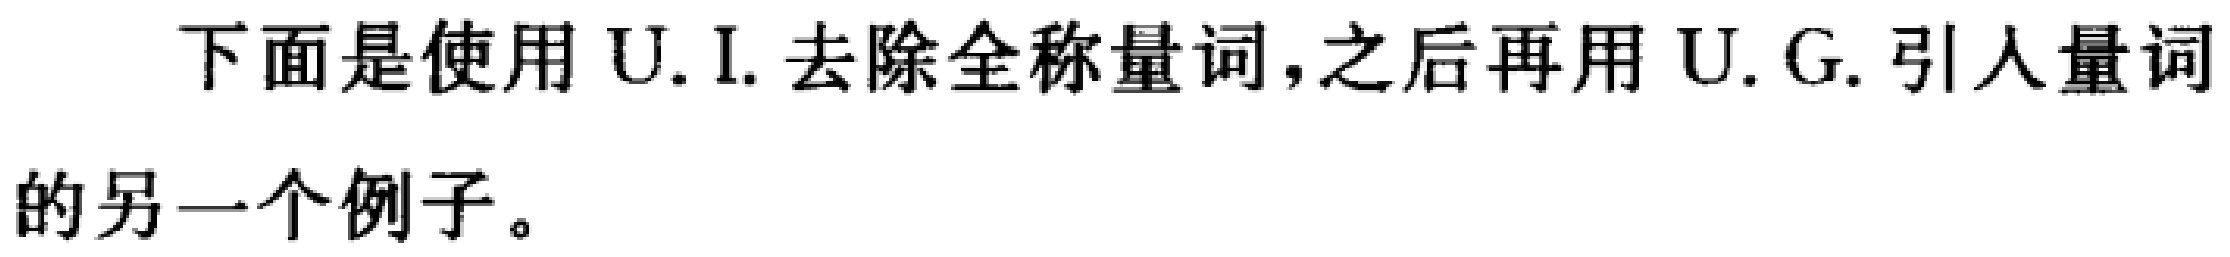
下面是使用 U.I. 去除全称量词,之后再用 U.G. 引人量词的另一个例子。